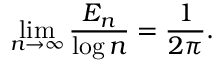
\operatorname* { l i m } _ { n \to \infty } \frac { E _ { n } } { \log n } = \frac { 1 } { 2 \pi } .